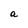
Character: a